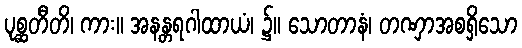
ပုစ္ဆတီတိ၊ ကား။ အနန္တရဂါထာယံ၊ ၌။ သောတာနံ၊ တဏှာအစရှိသော